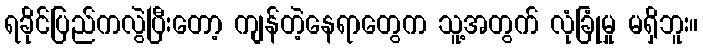
ရခိုင်ပြည်ကလွဲပြီးတော့ ကျန်တဲ့နေရာတွေက သူ့အတွက် လုံခြုံမှု မရှိဘူး။